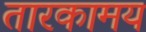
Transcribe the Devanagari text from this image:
तारकामय